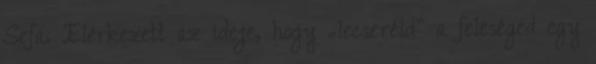
Sefa. Elérkezett az ideje, hogy „lecseréld” a feleséged egy